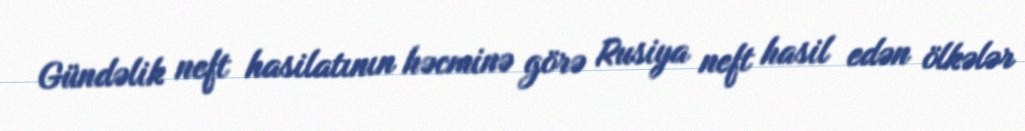
Gündəlik neft hasilatının həcminə görə Rusiya neft hasil edən ölkələr